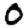
Digit: 0